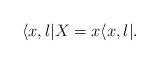
LaTeX: \begin{align*}\langle x , l | X &= x \langle x , l |.\end{align*}